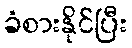
ခံစားနိုင်ပြီး